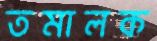
তমালক